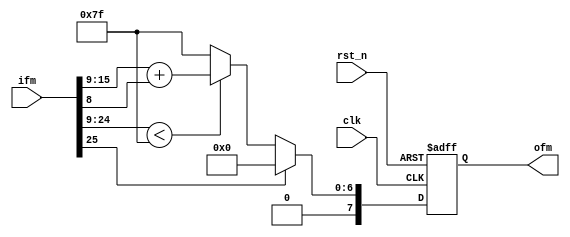
`timescale 1ns / 1ns
//////////////////////////////////////////////////////////////////////////////////
// Module Name: RELU
// Project Name: CNN
// Description: Relu
// 
//////////////////////////////////////////////////////////////////////////////////


module RELU
#(
    parameter BUF_WIDTH = 26,
    parameter OUT_WIDTH = 8
)
(
    input clk,
    input rst_n,
    
    input[BUF_WIDTH - 1 : 0]ifm,
    output reg[OUT_WIDTH - 1 : 0]ofm
);

always @(posedge clk, negedge rst_n)begin
    if(!rst_n)begin
        ofm <= {OUT_WIDTH{1'b0}};
    end
    else if(ifm[BUF_WIDTH - 1])begin    //1ofm0x00
        ofm <= {OUT_WIDTH{1'b0}};
    end
    else if(ifm[BUF_WIDTH - 2 : 9] < 7'h7f)begin    //
        ofm <= {1'b0, (ifm[15 : 9] + ifm[8])};
    end
    else begin  //0x7f
        ofm <= 8'h7f;
    end
end

endmodule